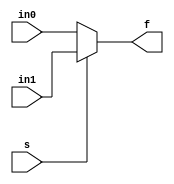
/*
 An	alternate	way	to	specify	the	
event	condi>on	by	using	comma	
instead	of	or.	
 Supported	in	later	versions	of	
Verilog.
*/
// A combinational logic example
module mux21 (in1, in0, s, f);
    input in1, in0, s;
    output reg f;
    always @(in1, in0, s)
        if (s)
            f = in1;
        else
            f = in0;
endmodule